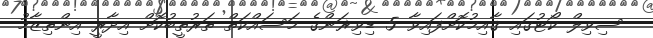
ސިވިލް ކޯޓުގައި ޤާއިމުކޮށްފައިވާ 5 ޑިވިޜަންގެ މަސައްކަތް ތަރުތީބުކޮށް އިދާރީ އިންތިޒާމު